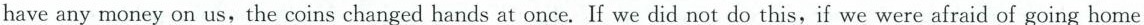
have any money on us, the coins changed hands at once. If we did not do this, if we were afraid of going home